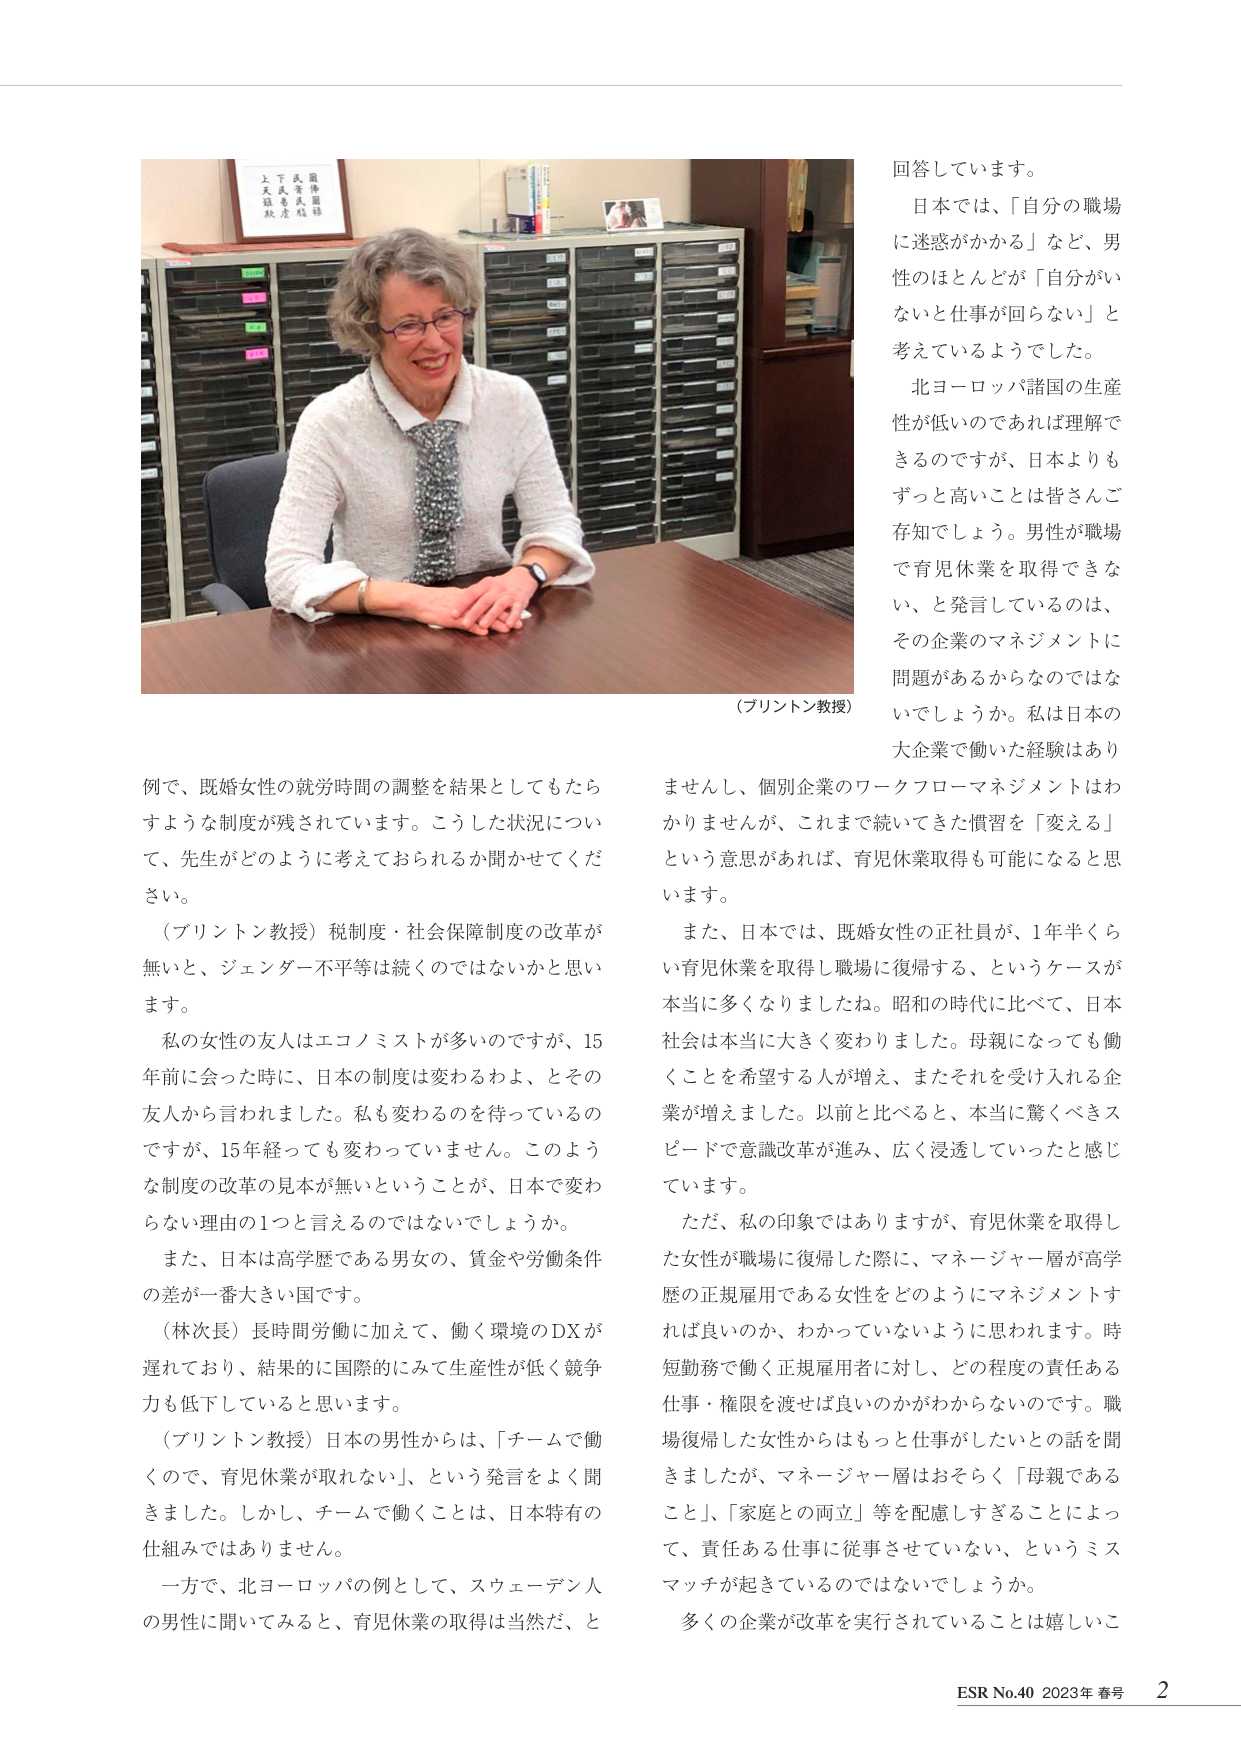
回答しています。

日本では、「自分の職場に迷惑がかかる」など、男性のほとんどが「自分がいないと仕事が回らない」と考えているようでした。

北ヨーロッパ諸国の生産性が低いのであれば理解できるのですが、日本よりもずっと高いことは皆さんご存知でしょう。男性が職場で育児休業を取得できない、と発言しているのは、その企業のマネジメントに問題があるからなのではないでしょうか。私は日本の大企業で働いた経験はありませんし、個別企業のワークフローマネジメントはわかりませんが、これまで続いてきた慣習を「変える」という意思があれば、育児休業取得も可能になると思います。

また、日本では、既婚女性の正社員が、1年半くらい育児休業を取得し職場に復帰する、というケースが本当に多くなりましたね。昭和の時代に比べて、日本社会は本当に大きく変わりました。母親になっても働くことを希望する人が増え、またそれを受け入れる企業が増えました。以前と比べると、本当に驚くべきスピードで意識改革が進み、広く浸透していったと感じています。

ただ、私の印象ではありますが、育児休業を取得した女性が職場に復帰した際に、マネージャー層が高学歴の正規雇用である女性をどのようにマネジメントすれば良いのか、わかっていないように思われます。時短勤務で働く正規雇用者に対し、どの程度の責任ある仕事・権限を渡せば良いのかがわからないのです。職場復帰した女性からはもっと仕事がしたいとの話を聞きましたが、マネージャー層はおそらく「母親であること」、「家庭との両立」等を配慮しすぎることによって、責任ある仕事に従事させていない、というミスマッチが起きているのではないでしょうか。

多くの企業が改革を実行されていることは嬉しいこ

（プリントン教授）

例で、既婚女性の就労時間の調整を結果としてもたらすような制度が残されています。こうした状況について、先生がどのように考えておられるか聞かせてください。

（プリントン教授）税制度・社会保障制度の改革が無いと、ジェンダー不平等は続くのではないかと思います。

私の女性の友人はエコノミストが多いのですが、15年前に会った時に、日本の制度は変わるわよ、とその友人から言われました。私も変わるのを待っているのですが、15年経っても変わっていません。このような制度の改革の見本が無いということが、日本で変わらない理由の1つと言えるのではないでしょうか。

また、日本は高学歴である男女の、賃金や労働条件の差が一番大きい国です。

（林次長）長時間労働に加えて、働く環境のDXが遅れており、結果的に国際的にみて生産性が低く競争力も低下していると思います。

（プリントン教授）日本の男性からは、「チームで働くので、育児休業が取れない」、という発言をよく聞きました。しかし、チームで働くことは、日本特有の仕組みではありません。

一方で、北ヨーロッパの例として、スウェーデン人の男性に聞いてみると、育児休業の取得は当然だ、と

上天満
民商
税務
最優
標

（プリントン教授）

ESR No.40 2023年 春号 2